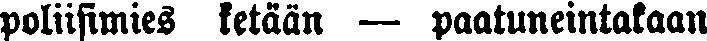
poliisimies ketään — paatuneintakaan